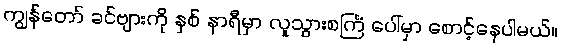
ကျွန်တော် ခင်ဗျားကို နှစ် နာရီမှာ လူသွားစင်္ကြံ ပေါ်မှာ စောင့်နေပါမယ်။